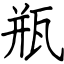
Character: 瓶